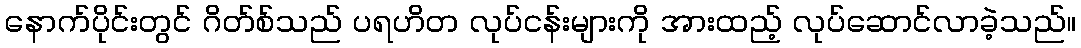
နောက်ပိုင်းတွင် ဂိတ်စ်သည် ပရဟိတ လုပ်ငန်းများကို အားထည့် လုပ်ဆောင်လာခဲ့သည်။